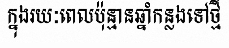
ក្នុងរយៈពេលប៉ុន្មានឆ្នាំកន្លងទៅថ្មី